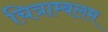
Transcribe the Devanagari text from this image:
चित्राम्बलम